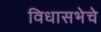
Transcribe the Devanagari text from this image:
विधासभेचे